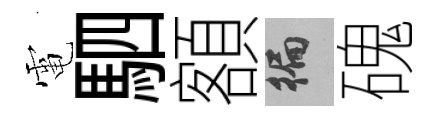
電駟額徧磈